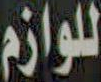
للوازم